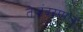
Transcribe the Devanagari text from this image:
तेजंदरपाल